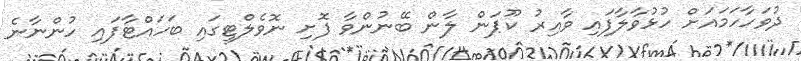
ދުވަހާހަމައަށް ހުޅުވާލާފައި ވާއިރު ކޫޕަން ލާން ބޭނުންވާ ފޮށި ނޮވެލްޓީގައި ބަހައްޓާފައި ހުންނާނެ